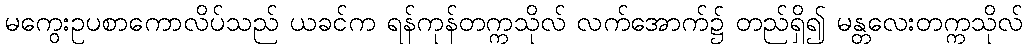
မကွေးဥပစာကောလိပ်သည် ယခင်က ရန်ကုန်တက္ကသိုလ် လက်အောက်၌ တည်ရှိ၍ မန္တလေးတက္ကသိုလ်